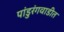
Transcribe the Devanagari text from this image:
पांडुरंगवाडीत